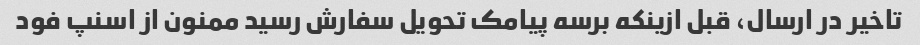
تاخیر در ارسال، قبل ازینکه برسه پیامک تحویل سفارش رسید ممنون از اسنپ فود